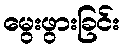
မွေးဖွားခြင်း